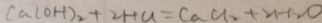
C a ( O H ) _ { 2 } + 2 H C l = C a C l _ { 2 } + 2 H _ { 2 } O